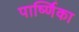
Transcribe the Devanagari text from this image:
पार्ष्णिका